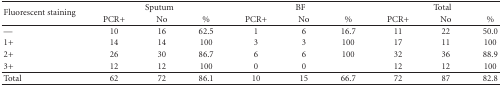
| <ROWSPAN=2> Fluorescent staining | <COLSPAN=3> Sputum | <COLSPAN=3> BF | <COLSPAN=3> Total |
 | PCR+ | No | % | PCR+ | No | % | PCR+ | No | % |
 | --- | --- | --- | --- | --- | --- | --- | --- | --- | --- |
 | — | 10 | 16 | 62.5 | 1 | 6 | 16.7 | 11 | 22 | 50.0 |
 | 1+ | 14 | 14 | 100 | 3 | 3 | 100 | 17 | 11 | 100 |
 | 2+ | 26 | 30 | 86.7 | 6 | 6 | 100 | 32 | 36 | 88.9 |
 | 3+ | 12 | 12 | 100 | 0 | 0 |  | 12 | 12 | 100 |
 | Total | 62 | 72 | 86.1 | 10 | 15 | 66.7 | 72 | 87 | 82.8 |